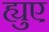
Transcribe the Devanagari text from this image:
ह्युए